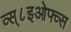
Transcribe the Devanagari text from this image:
व्स्८इओफ्व्स